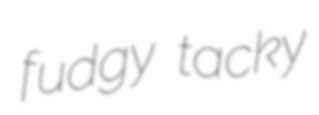
fudgy tacky